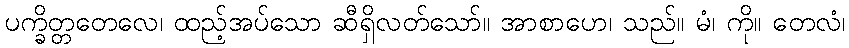
ပက္ခိတ္တတေလေ၊ ထည့်အပ်သော ဆီရှိလတ်သော်။ အာစာဟေ၊ သည်။ မံ၊ ကို။ တေလံ၊